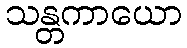
သန္တကာယော